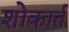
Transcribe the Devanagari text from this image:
शोकार्त